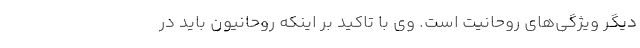
دیگر ویژگی‌های روحانیت است. وی با تاکید بر اینکه روحانیون باید در